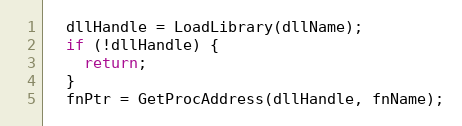
Language: C++
  dllHandle = LoadLibrary(dllName);
  if (!dllHandle) {
    return;
  }
  fnPtr = GetProcAddress(dllHandle, fnName);